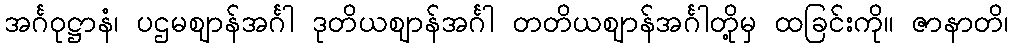
အင်္ဂဝုဋ္ဌာနံ၊ ပဌမဈာန်အင်္ဂါ ဒုတိယဈာန်အင်္ဂါ တတိယဈာန်အင်္ဂါတို့မှ ထခြင်းကို။ ဇာနာတိ၊